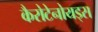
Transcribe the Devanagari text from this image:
कैरोटेनोयड्स